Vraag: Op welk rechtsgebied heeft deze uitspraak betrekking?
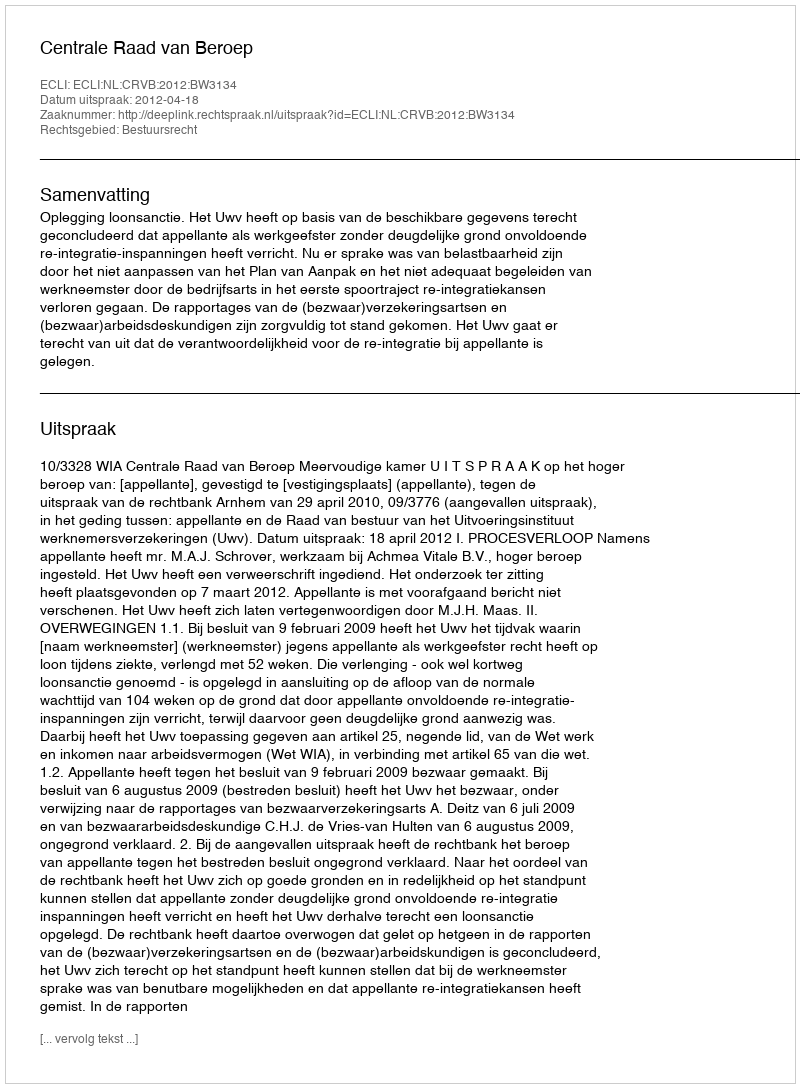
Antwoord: Bestuursrecht